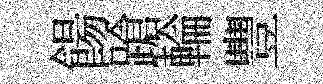
餳蹌輪豐